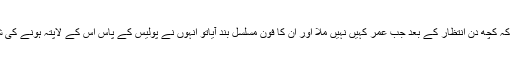
انہوں نے مزید کہا کہ کچھ دن انتظار کے بعد جب عمر کہیں نہیں ملا اور اُن کا فون مسلسل بند آیاتو انہوں نے پولیس کے پاس اُس کے لاپتہ ہونے کی شکایت درج کرائی۔